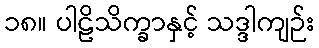
၁၈။ ပါဠိသိက္ခာနှင့် သဒ္ဒါကျဉ်း